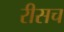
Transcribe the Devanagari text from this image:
रीसच